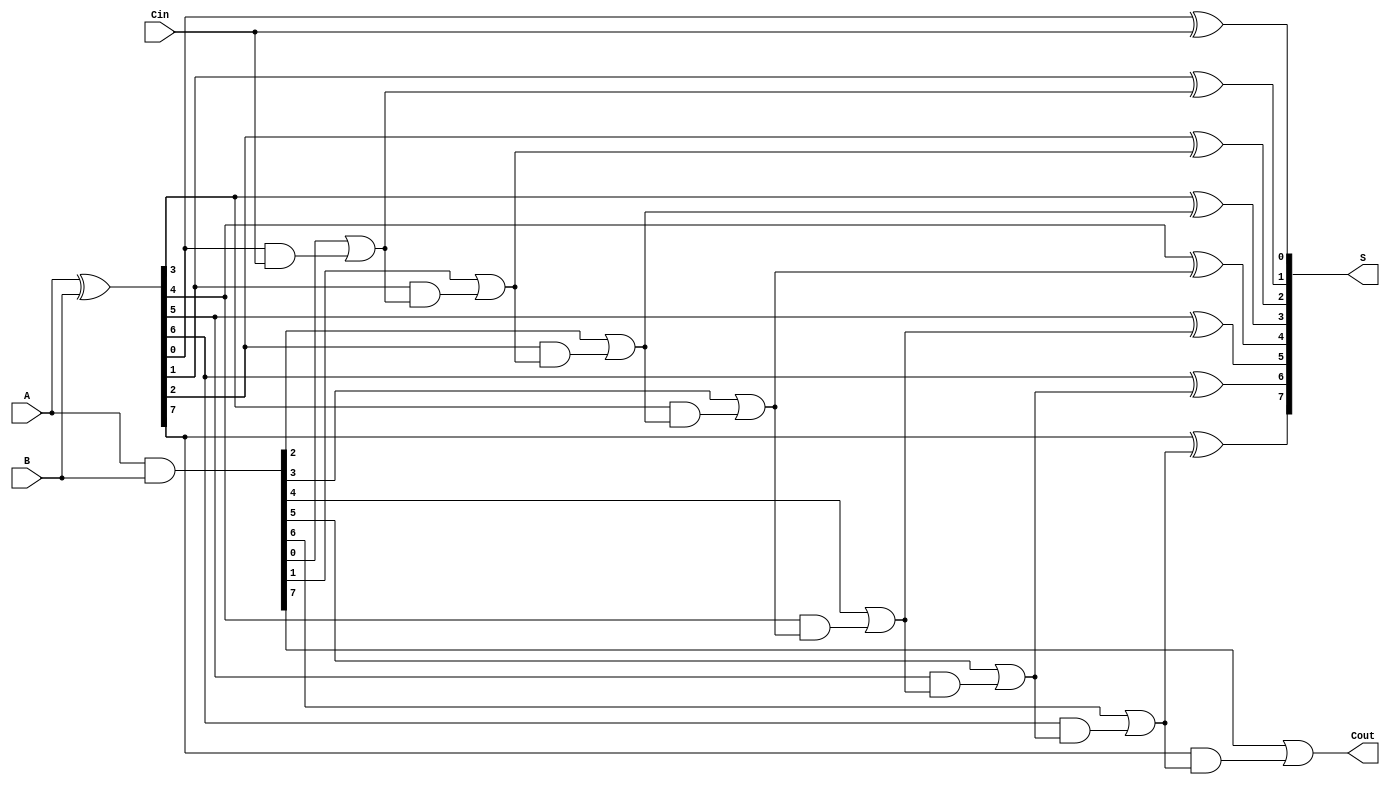
module kogge_stone_adder #(parameter n = 8) (
    input [n-1:0] A,
    input [n-1:0] B,
    input Cin,
    output [n-1:0] S,
    output Cout
);
    // Generate and propagate signals
    wire [n-1:0] G, P, C;

    // Generate (G) and Propagate (P) signals
    assign G = A & B;             // Generate signal
    assign P = A ^ B;             // Propagate signal

    // Carry signals initialization
    assign C[0] = Cin;            // C0 is initialized with Cin

    // Stage 1
    genvar i;
    generate
        for (i = 0; i < n-1; i = i + 1) begin : stage1
            assign C[i+1] = G[i] | (P[i] & C[i]);
        end
    endgenerate

    // Sum calculation
    generate
        for (i = 0; i < n; i = i + 1) begin : sum_calc
            assign S[i] = P[i] ^ C[i];
        end
    endgenerate

    // Carry-out calculation
    assign Cout = G[n-1] | (P[n-1] & C[n-1]);

endmodule